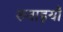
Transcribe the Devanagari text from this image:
रुवाइयाँ